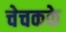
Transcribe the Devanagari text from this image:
चेचकके